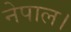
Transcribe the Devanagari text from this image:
नेपाल।